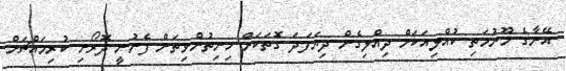
އޭނާގެ މޫނުމަތި ކުއްލިއަކަށް ދިއްލިގެން ދިޔަފަދަ ގޮތަކަށް ހިނިތުންވިތަން ފެނުނީ ދޮރޯށި ކުރިމައްޗަށް